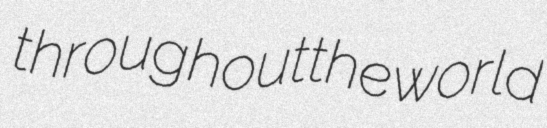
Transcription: throughout the world